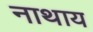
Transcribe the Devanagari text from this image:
नाथाय